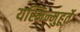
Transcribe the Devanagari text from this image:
यस्मिन्मुहूर्ते